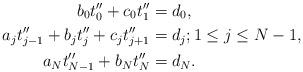
LaTeX: \begin{align*} b_0t''_0+c_0 t''_{1} &= d_0,\\ a_jt_{j-1}''+ b_jt''_j+c_jt''_{j+1} &= d_j; 1\leq j\leq N-1,\\ a_{N}t''_{N-1}+b_{N}t''_{N} &= d_N.\end{align*}